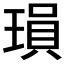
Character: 𬍽